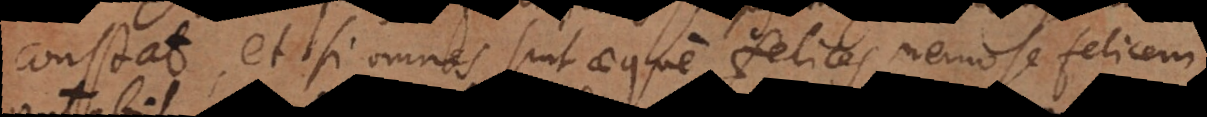
constat, et si omnes sint aeque felices nemo se felicem